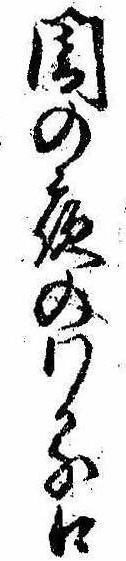
闇の夜のわる口